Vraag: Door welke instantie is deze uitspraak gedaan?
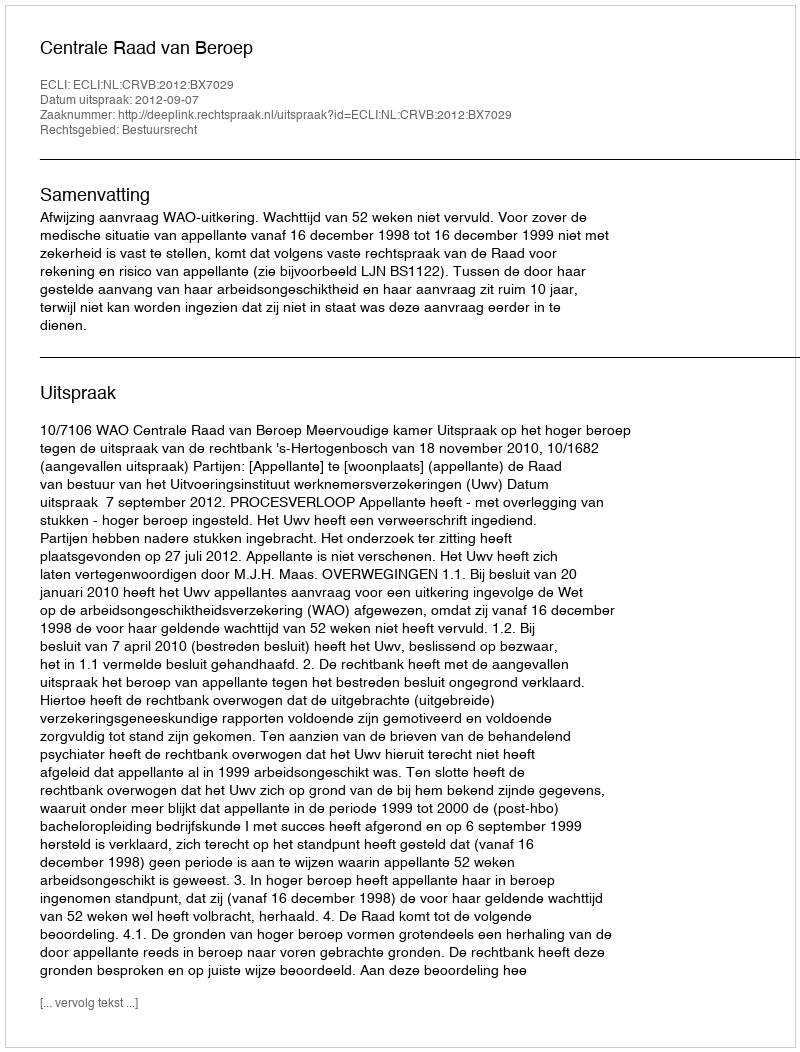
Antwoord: Centrale Raad van Beroep